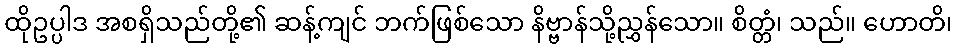
ထိုဥပ္ပါဒ အစရှိသည်တို့၏ ဆန့်ကျင် ဘက်ဖြစ်သော နိဗ္ဗာန်သို့ညွှန်သော။ စိတ္တံ၊ သည်။ ဟောတိ၊